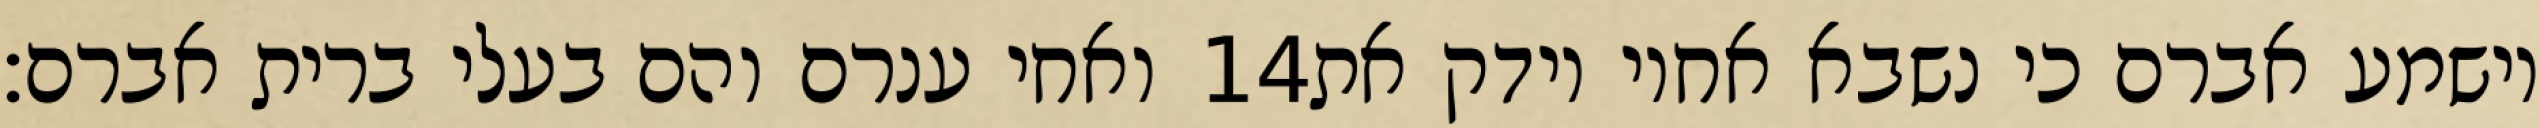
ואחי ענרם והם בעלי ברית אברם׃ ‎14‏ וישמע אברם כי נשבא אחיו וידק את